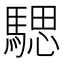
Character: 騦